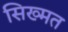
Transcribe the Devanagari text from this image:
सिख्मत